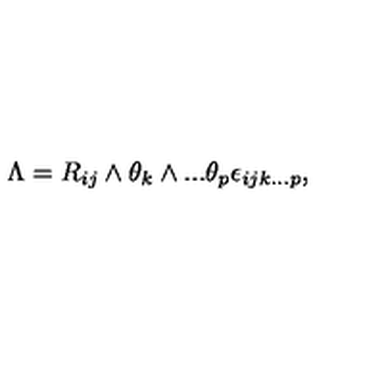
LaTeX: \Lambda = { R _ { { i j } } } \wedge { { \theta } _ { k } } \wedge . . . { { \theta } _ { p } } { { \epsilon } _ { { i j k } . . . p } } ,